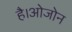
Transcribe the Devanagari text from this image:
है।ओजोन